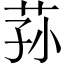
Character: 荪